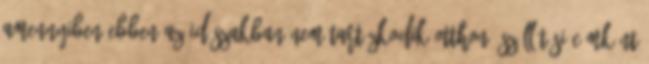
Amennyiben ebben az időszakban nem tartózkodik otthon, szállítási címként